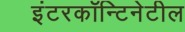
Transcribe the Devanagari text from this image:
इंटरकॉन्टिनेटील